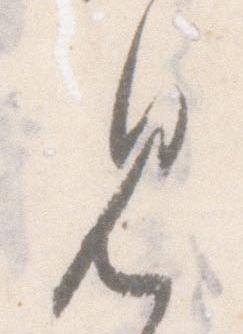
見